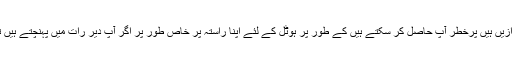
مرحوم پروازیں ہیں پرخطر آپ حاصل کر سکتے ہیں کے طور پر ہوٹل کے لئے اپنا راستہ پر خاص طور پر اگر آپ دیر رات میں پہنچتے ہیں تو موگگاد ۔